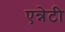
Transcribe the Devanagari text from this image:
एन्नेटी